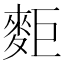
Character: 𪌖